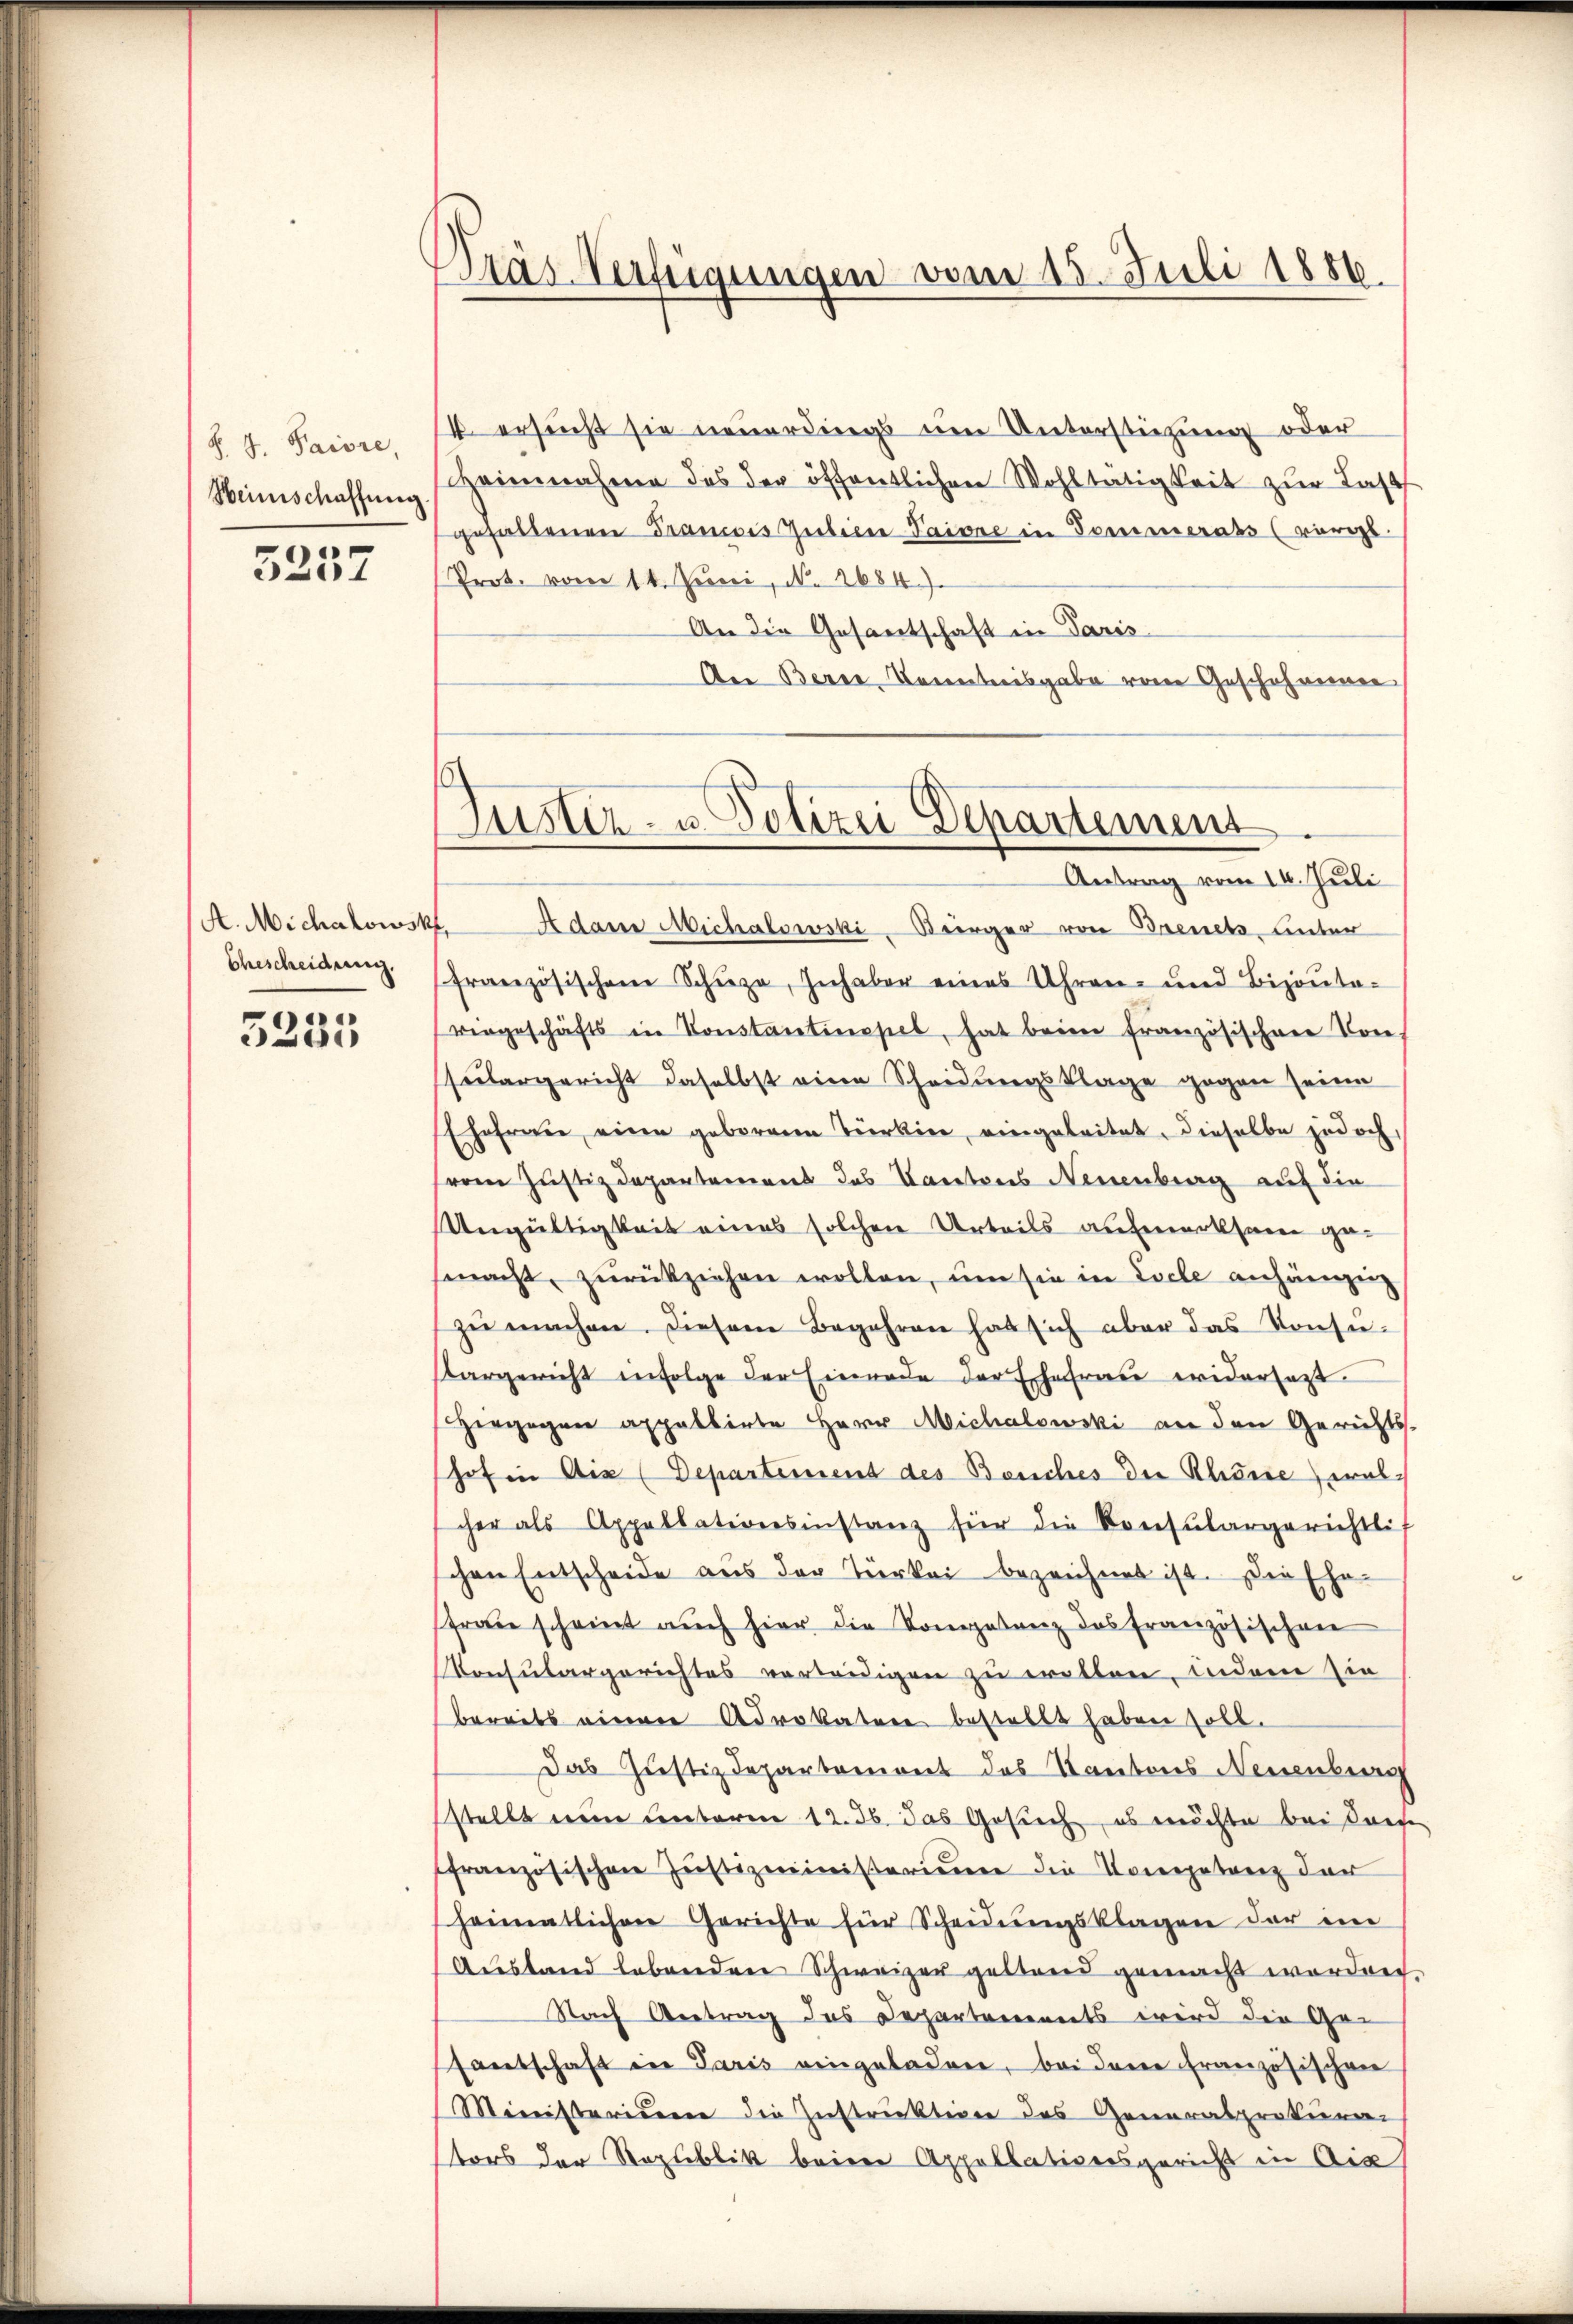
S. J. Paiore,
Heinschaffung

5257

A. Michalowsk
Ehescheidung.

5235

Pras Verfügungen vom 15. Juli 1886.

4 ersucht sie neuerdings um Unterstützung oder
Heinnahme des der öffentlichen Wohltätigkeit zŭr Last
gehaltenen Francois Gutien Taione in Sommerabs (vergl.
Prot. vom 14. Juni, N. 2684).
An die Gesantschaft in Paris
Aer Bern, Kenntnisgabe vom Geschehenen

Justiz- u. Polizei Departement
Antrag vom 14. Juli

Adam Michalowski-Bürger von Brench unter
französischen Schüze, Inhaber eines Uhren- und Bizonta-
virgeschäfts in Konstantinopel, hat beim französischen Vore,
sulargericht daselbst eine Scheidungsklage gegen seine
Ehefrau eine geborene Türkier, eingeleitet, dieselbe jedoch
(vom Justizdepartemens des Kantons Neuenburg auf die
Ungültigkeit eines solchen Urteils aufmerksame gemacht, zŭrückziehen wollen, um sie in Loche anhängig
zu machen. Diesem Begehren hat sich aber das Konsuargericht infolge der Einrade der Ehefrau widersetzt.
Hergegen appellirte Herr Michalowski an den Gerichts-
hof in Aix (Departeinend des Bauches der Rheine walcher als Appellationsinstanz für die Konsŭlargerichtli
schen Entscheide aus der Türkei bezeichnet ist. Die Ehe-
frau scheint auch hier die Kompetenz des französischen
Konsulargerichtes verleidigen zu wollen, indem sie
bereits einen Advokature bestellt haben soll.
Das Justizdepartemont des Kantons Neuenburg
stellt nun unterm 12. 36 das Gesuch, es möchte bei diese
französischen Jŭstizministerium die Kompetenz der
heimatlichen Gerichte für Scheidŭngsklagen der in
Austand lebenden Schweizer gestand gemacht worden.
Nach Antrag des Departements wird die Ge-
santschaft in Paris eingeladen, bei denen französischen
Ministeriden die Instruktion des Generalprokura
tors der Republik beimer Appellationsgericht in Aix